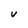
Character: V